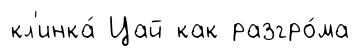
кл'инка́ Цай как разгро́ма